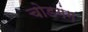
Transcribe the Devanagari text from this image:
चोडगंग